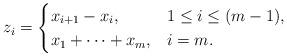
LaTeX: \begin{align*}z_i =\begin{cases} x_{i+1} - x_i, &1 \leq i \leq (m-1),\\ x_1 + \dots + x_m, & i = m.\end{cases}\end{align*}